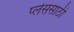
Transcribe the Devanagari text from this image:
प्लेससाठी